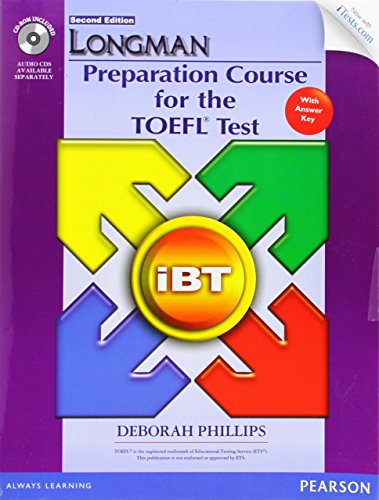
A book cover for Longman Preparation Course for the TOEFL iBTÂ® Test (with CD-ROM, Answer Key, and iTest) (Longman Preparation Course for the Toefl With Answer Key); Deborah Phillips; Test Preparation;